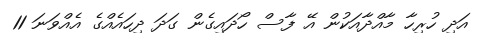
އަދި ހުރިހާ މާއްދާއަކުން އޭ ފާސް ހޯދައިގެން ގަދަ ދިހައެއްގެ އެއްވަނަ 11